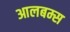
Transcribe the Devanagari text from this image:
आलबम्स